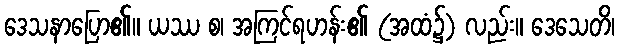
ဒေသနာပြော၏။ ယဿ စ၊ အကြင်ရဟန်း၏ (အထံ၌) လည်း။ ဒေသေတိ၊